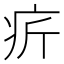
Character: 𤴾